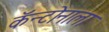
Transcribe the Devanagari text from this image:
कॅन्टोनाला